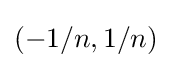
\left(-1/n,1/n\right)